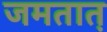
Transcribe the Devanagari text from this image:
जमतात़